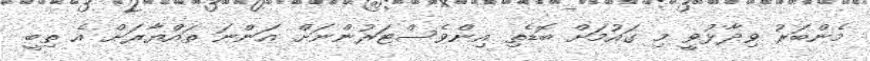
މެންބަރު ވިދާޅުވީ މި ގައުމަށް ބޮޑެތި އިންވެސްޓަރުންނަށް އަންނަ ތައްޔާރަށް އެ ތިބީ